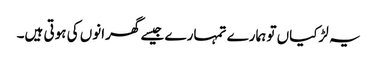
یہ لڑکیاں تو ہمارے تمہارے جیسے گھرانوں کی ہوتی ہیں۔